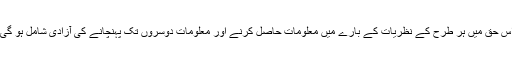
اس حق میں ہر طرح کے نظریات کے بارے میں معلومات حاصل کرنے اور معلومات دوسروں تک پہنچانے کی آزادی شامل ہو گی۔